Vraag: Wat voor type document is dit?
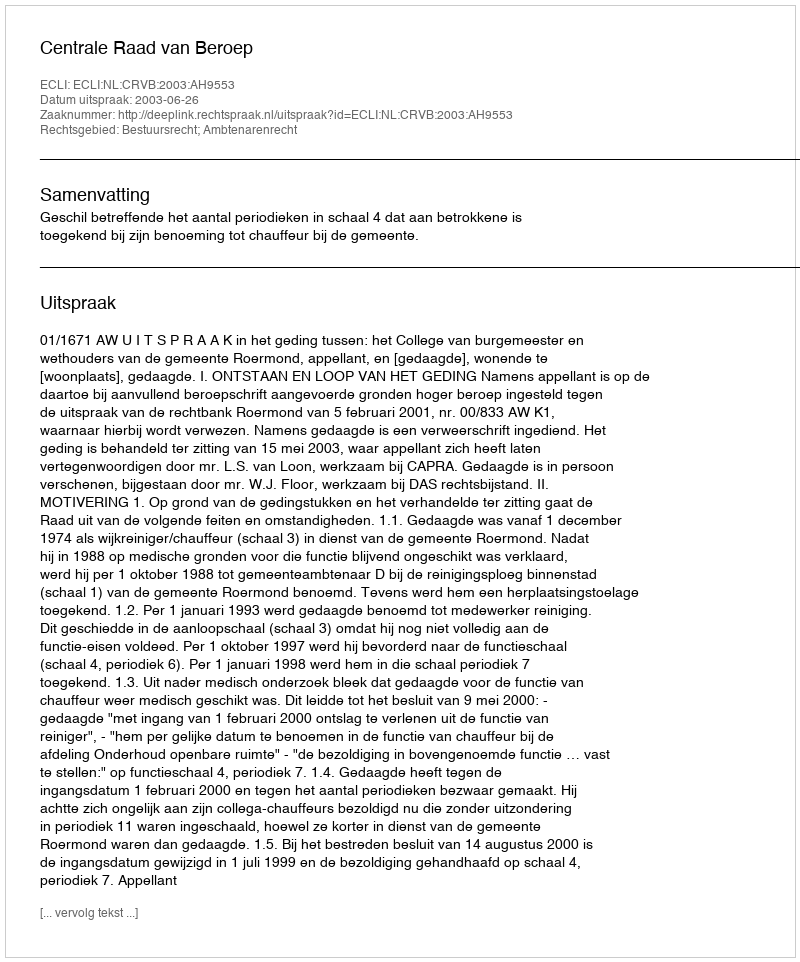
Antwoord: Uitspraak